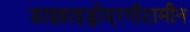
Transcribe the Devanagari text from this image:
डाइहाइड्रोएरगॉटामीन